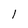
Character: I